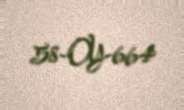
58-OY-664